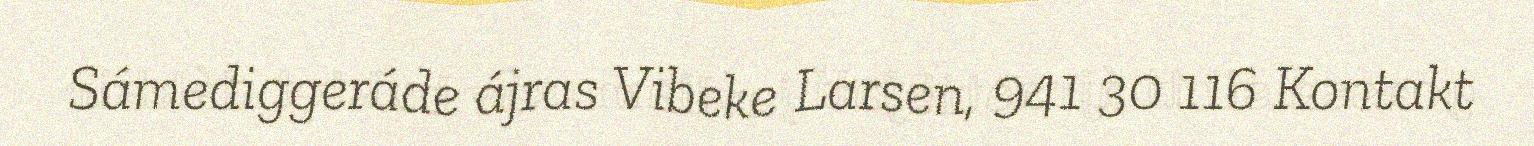
Sámediggeráde ájras Vibeke Larsen, 941 30 116 Kontakt